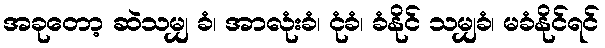
အခုတော့ ဆဲသမျှ ခံ၊ အာလုံးခံ၊ ငုံခံ၊ ခံနိုင် သမျှခံ၊ မခံနိုင်ရင်